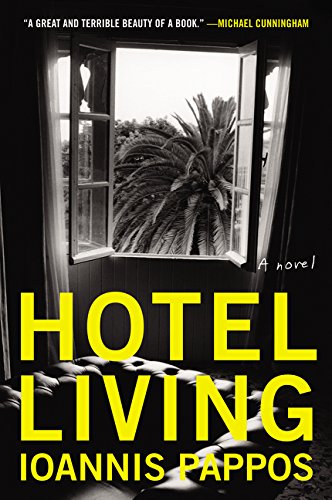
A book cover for Hotel Living: A Novel (P.S.); Ioannis Pappos; Literature & Fiction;